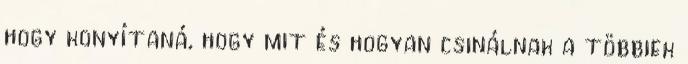
hogy konyítaná, hogy mit és hogyan csinálnak a többiek